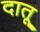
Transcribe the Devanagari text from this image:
दातू